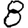
Digit: 8